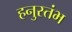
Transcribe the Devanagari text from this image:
हनुस्तंभ